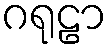
ဂရုဠာ